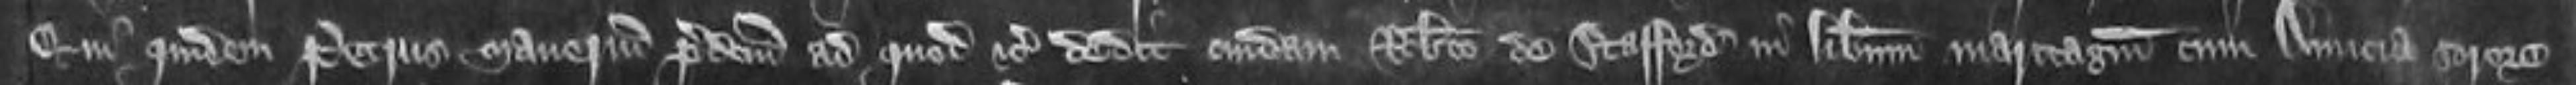
Qui quidem Petrus manerium predictum ad quod etc dedit cuidam Roberto de Stafford in liberum maritagium cum Amicia sorore